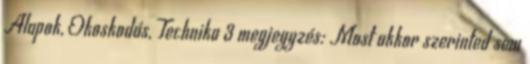
Alapok, Okoskodás, Technika 3 megjegyzés: Most akkor szerinted sem